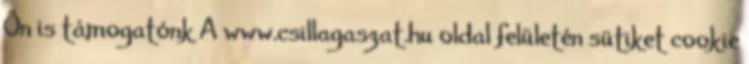
Ön is támogatónk A www.csillagaszat.hu oldal felületén sütiket cookie